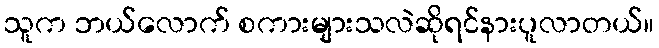
သူက ဘယ်လောက် စကားများသလဲဆိုရင်နားပူလာတယ်။